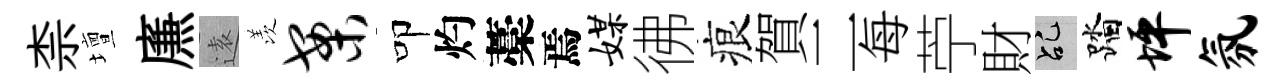
柰壇㢘逺羡案叩灼藁焉媒彿痕賀二每苧財乩踏坪氛